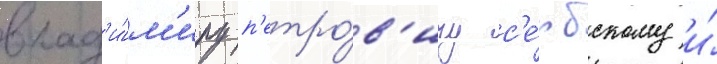
влад'и́м'иру п'етро́в'ичу с'е́рбскому и́